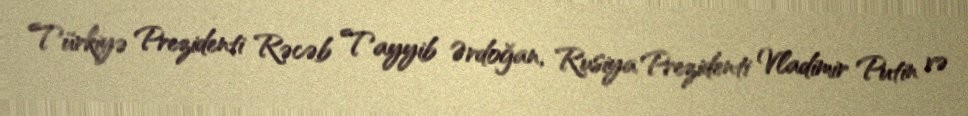
Türkiyə Prezidenti Rəcəb Tayyib Ərdoğan, Rusiya Prezidenti Vladimir Putin və